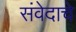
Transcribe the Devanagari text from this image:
संवेदाचे